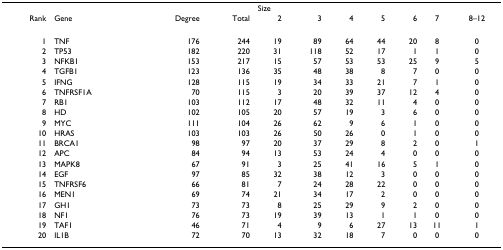
<table><thead><tr><td></td><td></td><td></td><td></td><td colspan="7"><b>Size</b></td></tr><tr><td><b>Rank</b></td><td><b>Gene</b></td><td><b>Degree</b></td><td><b>Total</b></td><td><b>2</b></td><td><b>3</b></td><td><b>4</b></td><td><b>5</b></td><td><b>6</b></td><td><b>7</b></td><td><b>8–12</b></td></tr></thead><tbody><tr><td>1</td><td>TNF</td><td>176</td><td>244</td><td>19</td><td>89</td><td>64</td><td>44</td><td>20</td><td>8</td><td>0</td></tr><tr><td>2</td><td>TP53</td><td>182</td><td>220</td><td>31</td><td>118</td><td>52</td><td>17</td><td>1</td><td>1</td><td>0</td></tr><tr><td>3</td><td>NFKB1</td><td>153</td><td>217</td><td>15</td><td>57</td><td>53</td><td>53</td><td>25</td><td>9</td><td>5</td></tr><tr><td>4</td><td>TGFB1</td><td>123</td><td>136</td><td>35</td><td>48</td><td>38</td><td>8</td><td>7</td><td>0</td><td>0</td></tr><tr><td>5</td><td>IFNG</td><td>128</td><td>115</td><td>19</td><td>34</td><td>33</td><td>21</td><td>7</td><td>1</td><td>0</td></tr><tr><td>6</td><td>TNFRSF1A</td><td>70</td><td>115</td><td>3</td><td>20</td><td>39</td><td>37</td><td>12</td><td>4</td><td>0</td></tr><tr><td>7</td><td>RB1</td><td>103</td><td>112</td><td>17</td><td>48</td><td>32</td><td>11</td><td>4</td><td>0</td><td>0</td></tr><tr><td>8</td><td>HD</td><td>102</td><td>105</td><td>20</td><td>57</td><td>19</td><td>3</td><td>6</td><td>0</td><td>0</td></tr><tr><td>9</td><td>MYC</td><td>111</td><td>104</td><td>26</td><td>62</td><td>9</td><td>6</td><td>1</td><td>0</td><td>0</td></tr><tr><td>10</td><td>HRAS</td><td>103</td><td>103</td><td>26</td><td>50</td><td>26</td><td>0</td><td>1</td><td>0</td><td>0</td></tr><tr><td>11</td><td>BRCA1</td><td>98</td><td>97</td><td>20</td><td>37</td><td>29</td><td>8</td><td>2</td><td>0</td><td>1</td></tr><tr><td>12</td><td>APC</td><td>84</td><td>94</td><td>13</td><td>53</td><td>24</td><td>4</td><td>0</td><td>0</td><td>0</td></tr><tr><td>13</td><td>MAPK8</td><td>67</td><td>91</td><td>3</td><td>25</td><td>41</td><td>16</td><td>5</td><td>1</td><td>0</td></tr><tr><td>14</td><td>EGF</td><td>97</td><td>85</td><td>32</td><td>38</td><td>12</td><td>3</td><td>0</td><td>0</td><td>0</td></tr><tr><td>15</td><td>TNFRSF6</td><td>66</td><td>81</td><td>7</td><td>24</td><td>28</td><td>22</td><td>0</td><td>0</td><td>0</td></tr><tr><td>16</td><td>MEN1</td><td>69</td><td>74</td><td>21</td><td>34</td><td>17</td><td>2</td><td>0</td><td>0</td><td>0</td></tr><tr><td>17</td><td>GH1</td><td>73</td><td>73</td><td>8</td><td>25</td><td>29</td><td>9</td><td>2</td><td>0</td><td>0</td></tr><tr><td>18</td><td>NF1</td><td>76</td><td>73</td><td>19</td><td>39</td><td>13</td><td>1</td><td>1</td><td>0</td><td>0</td></tr><tr><td>19</td><td>TAF1</td><td>46</td><td>71</td><td>4</td><td>9</td><td>6</td><td>27</td><td>13</td><td>11</td><td>1</td></tr><tr><td>20</td><td>IL1B</td><td>72</td><td>70</td><td>13</td><td>32</td><td>18</td><td>7</td><td>0</td><td>0</td><td>0</td></tr></tbody></table>